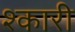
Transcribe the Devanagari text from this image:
श्कारी